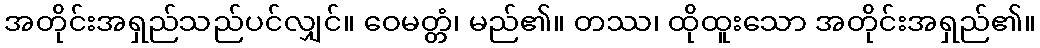
အတိုင်းအရှည်သည်ပင်လျှင်။ ဝေမတ္တံ၊ မည်၏။ တဿ၊ ထိုထူးသော အတိုင်းအရှည်၏။